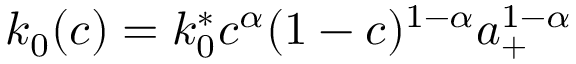
k _ { 0 } ( c ) = k _ { 0 } ^ { * } c ^ { \alpha } ( 1 - c ) ^ { 1 - \alpha } a _ { + } ^ { 1 - \alpha }